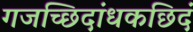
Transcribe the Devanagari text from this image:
गजच्छिदांधकछिदं